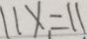
1 1 x = 1 1